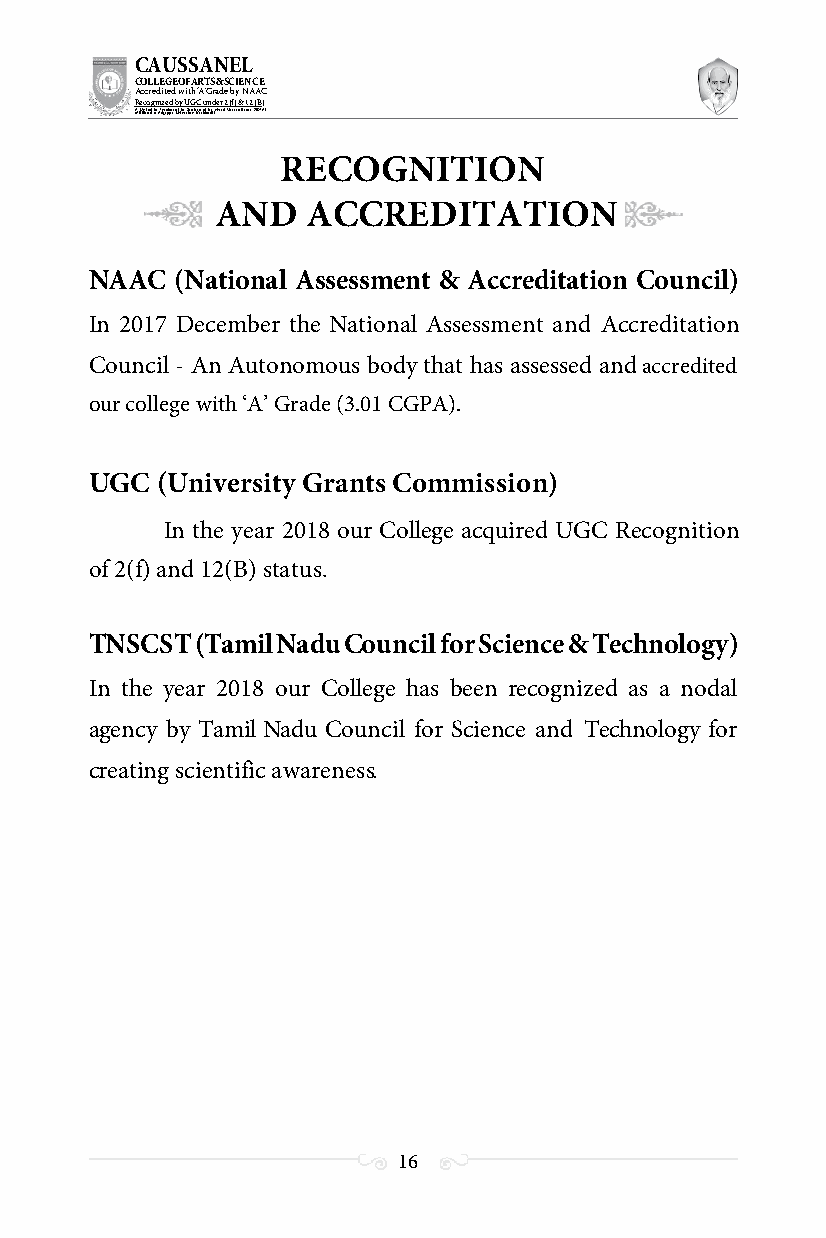
CAUSSANEL
 COLLEGE OF ARTS & SCIENCE
 Accredited with ‘A’ Grade by NAAC
 Recognized by UGC under 2 (f) & 12 (B)
 ((AA fUfilniaitt eodf ttoh eA Ilnasgtaitpuptae Uofn tihvee rBsirtoy,t hKerasr aoifk uthdei )S acred Heart of Jesus, INDIA)
 RECOGNITION
 AND   ACCREDITATION
 NAAC  (National Assessment & Accreditation Council)
 In 2017 December the National Assessment and Accreditation
 Council - An Autonomous body that has assessed and accredited
 our college with ‘A’ Grade (3.01 CGPA).
 UGC (University Grants Commission)
 In the year 2018 our College acquired UGC Recognition
 of 2(f) and 12(B) status.
 TNSCST (Tamil Nadu Council for Science & Technology)
 In the year 2018 our College has been recognized as a nodal
 agency by Tamil Nadu Council for Science and Technology for
 creating scientific awareness.
 16